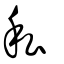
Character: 私